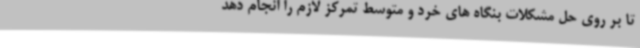
تا بر روی حل مشکلات بنگاه های خرد و متوسط تمرکز لازم را انجام دهد